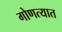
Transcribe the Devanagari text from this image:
गोणत्यात